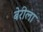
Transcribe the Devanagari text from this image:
बेरीला